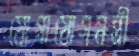
যোগাযোগমন্ত্রী